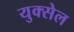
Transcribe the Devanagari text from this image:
युक्सेल